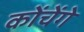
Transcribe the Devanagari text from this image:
कोंचेंगे